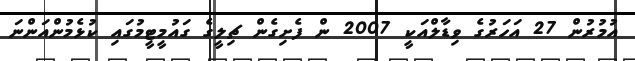
އުމުރުން 27 އަހަރުގެ ވިޑާލްއަކީ 2007 ން ފެށިގެން ޗިލީގެ ގައުމީޓީމުގައި ކުޅެމުންއަންނަ